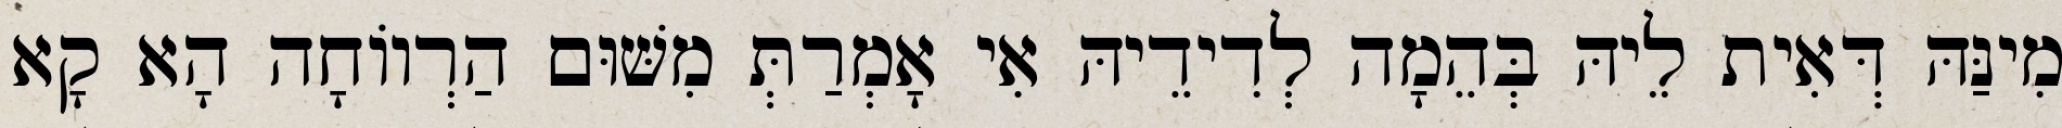
מִינַּהּ דְּאִית לֵיהּ בְּהֵמָה לְדִידֵיהּ אִי אָמְרַתְּ מִשּׁוּם הַרְווֹחָה הָא קָא